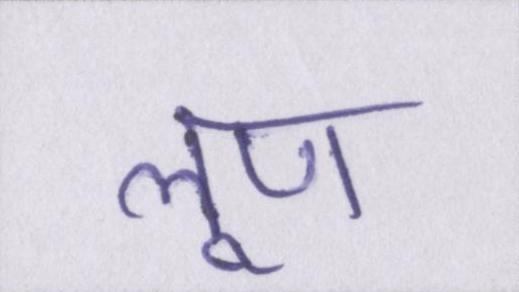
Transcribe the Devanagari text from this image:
लूण